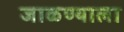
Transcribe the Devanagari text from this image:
जाळण्याला